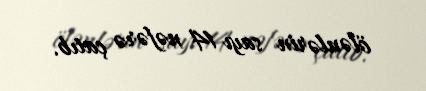
ölənlərin sayı 14 nəfərə çatıb.